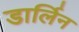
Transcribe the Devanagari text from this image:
डार्लिन